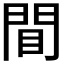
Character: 𫔝